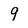
Character: 9